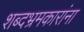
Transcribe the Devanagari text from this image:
शब्दभ्रमकारांना